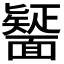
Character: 𮧒